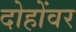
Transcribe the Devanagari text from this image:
दोहोंवर